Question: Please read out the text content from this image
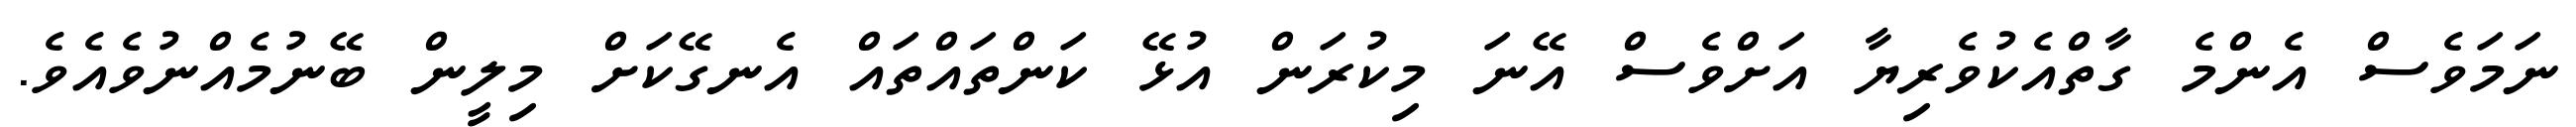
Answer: ނަމަވެސް އެންމެ ގާތްއެކުވެރިޔާ އަށްވެސް އޭނަ މިކުރަން އުޅޭ ކަންތައްތައް އެނގޭކަށް މިލީން ބޭނުމެއްނުވެއެވެ.